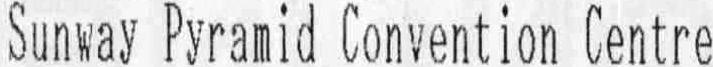
SUNWAY PYRAMID CONVENTION CENTRE